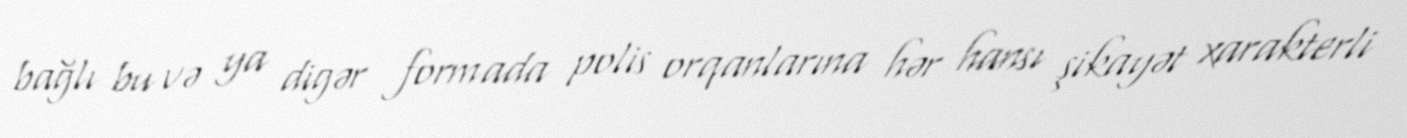
bağlı bu və ya digər formada polis orqanlarına hər hansı şikayət xarakterli